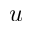
u